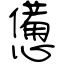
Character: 憊